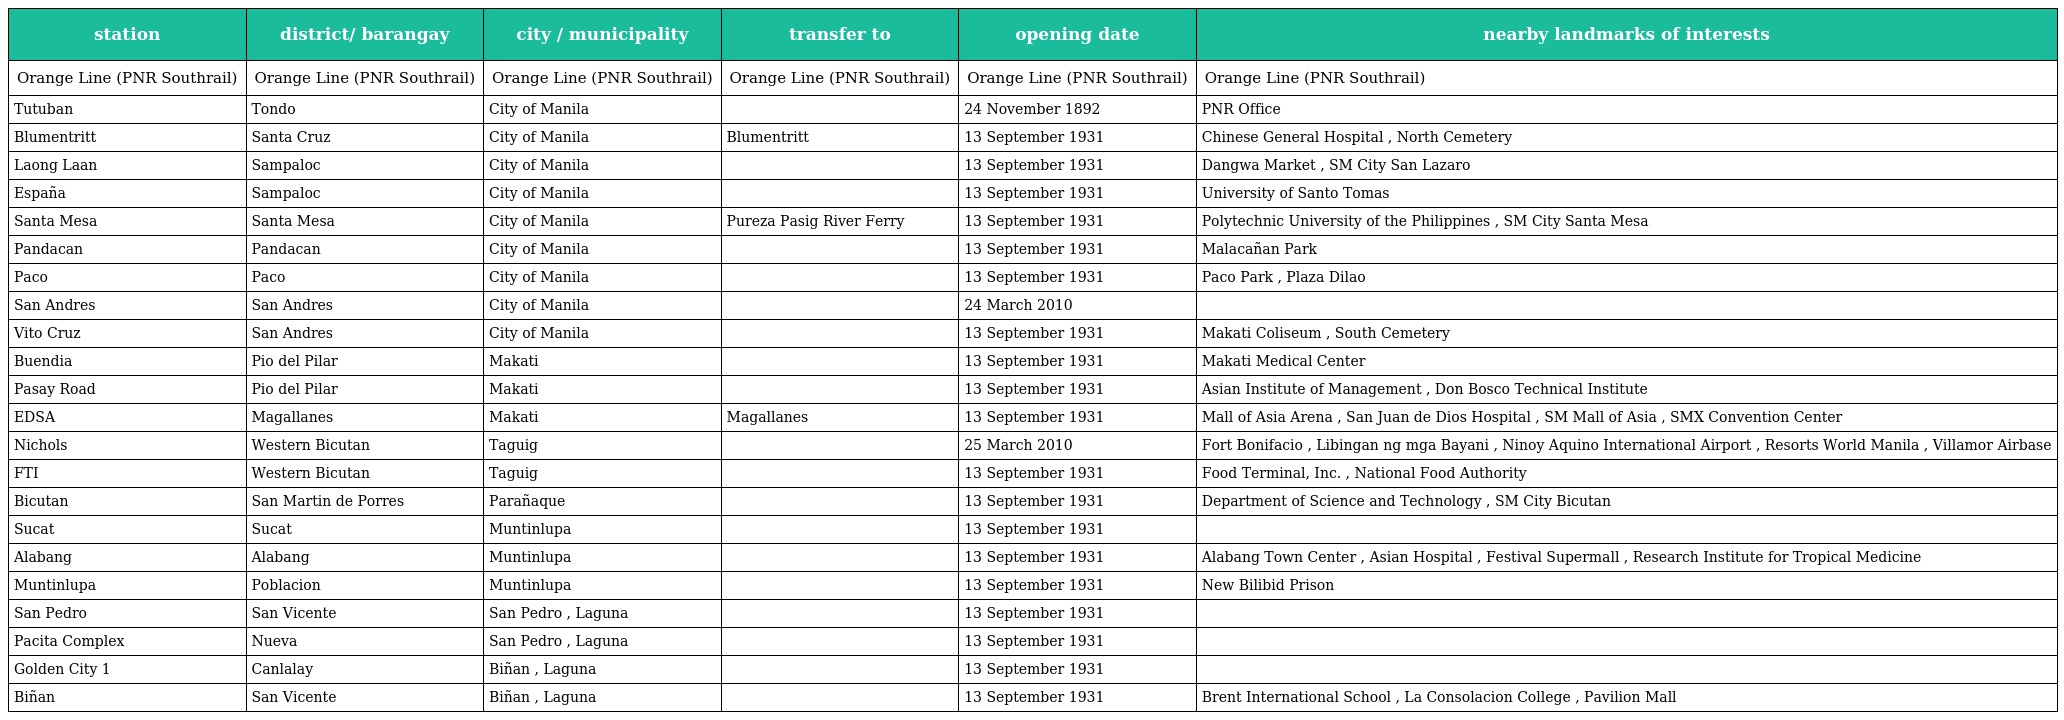
| station | district/ barangay | city / municipality | transfer to | opening date | nearby landmarks of interests |
 | --- | --- | --- | --- | --- | --- |
 | Orange Line (PNR Southrail) | Orange Line (PNR Southrail) | Orange Line (PNR Southrail) | Orange Line (PNR Southrail) | Orange Line (PNR Southrail) | Orange Line (PNR Southrail) |
 | Tutuban | Tondo | City of Manila |  | 24 November 1892 | PNR Office |
 | Blumentritt | Santa Cruz | City of Manila | Blumentritt | 13 September 1931 | Chinese General Hospital , North Cemetery |
 | Laong Laan | Sampaloc | City of Manila |  | 13 September 1931 | Dangwa Market , SM City San Lazaro |
 | España | Sampaloc | City of Manila |  | 13 September 1931 | University of Santo Tomas |
 | Santa Mesa | Santa Mesa | City of Manila | Pureza Pasig River Ferry | 13 September 1931 | Polytechnic University of the Philippines , SM City Santa Mesa |
 | Pandacan | Pandacan | City of Manila |  | 13 September 1931 | Malacañan Park |
 | Paco | Paco | City of Manila |  | 13 September 1931 | Paco Park , Plaza Dilao |
 | San Andres | San Andres | City of Manila |  | 24 March 2010 |  |
 | Vito Cruz | San Andres | City of Manila |  | 13 September 1931 | Makati Coliseum , South Cemetery |
 | Buendia | Pio del Pilar | Makati |  | 13 September 1931 | Makati Medical Center |
 | Pasay Road | Pio del Pilar | Makati |  | 13 September 1931 | Asian Institute of Management , Don Bosco Technical Institute |
 | EDSA | Magallanes | Makati | Magallanes | 13 September 1931 | Mall of Asia Arena , San Juan de Dios Hospital , SM Mall of Asia , SMX Convention Center |
 | Nichols | Western Bicutan | Taguig |  | 25 March 2010 | Fort Bonifacio , Libingan ng mga Bayani , Ninoy Aquino International Airport , Resorts World Manila , Villamor Airbase |
 | FTI | Western Bicutan | Taguig |  | 13 September 1931 | Food Terminal, Inc. , National Food Authority |
 | Bicutan | San Martin de Porres | Parañaque |  | 13 September 1931 | Department of Science and Technology , SM City Bicutan |
 | Sucat | Sucat | Muntinlupa |  | 13 September 1931 |  |
 | Alabang | Alabang | Muntinlupa |  | 13 September 1931 | Alabang Town Center , Asian Hospital , Festival Supermall , Research Institute for Tropical Medicine |
 | Muntinlupa | Poblacion | Muntinlupa |  | 13 September 1931 | New Bilibid Prison |
 | San Pedro | San Vicente | San Pedro , Laguna |  | 13 September 1931 |  |
 | Pacita Complex | Nueva | San Pedro , Laguna |  | 13 September 1931 |  |
 | Golden City 1 | Canlalay | Biñan , Laguna |  | 13 September 1931 |  |
 | Biñan | San Vicente | Biñan , Laguna |  | 13 September 1931 | Brent International School , La Consolacion College , Pavilion Mall |